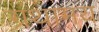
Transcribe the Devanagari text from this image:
ग्रंथामय